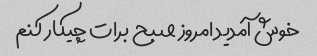
خوش آمدید امروز صبح برات چیکار کنم